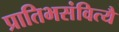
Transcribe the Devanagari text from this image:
प्रातिभसंवित्यै